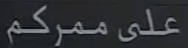
على ممركم